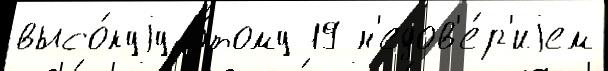
высо́куjу э́тому 19 н'едов'е́р'иjем